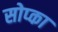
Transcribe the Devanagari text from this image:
सोप्का